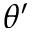
\theta ^ { \prime }